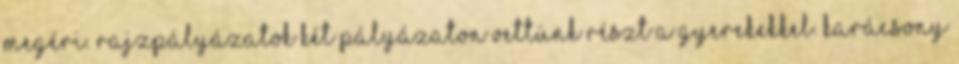
megéri. Rajzpályázatok Két pályázaton vettünk részt a gyerekekkel. Karácsony